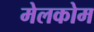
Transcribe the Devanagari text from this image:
मेलकोम